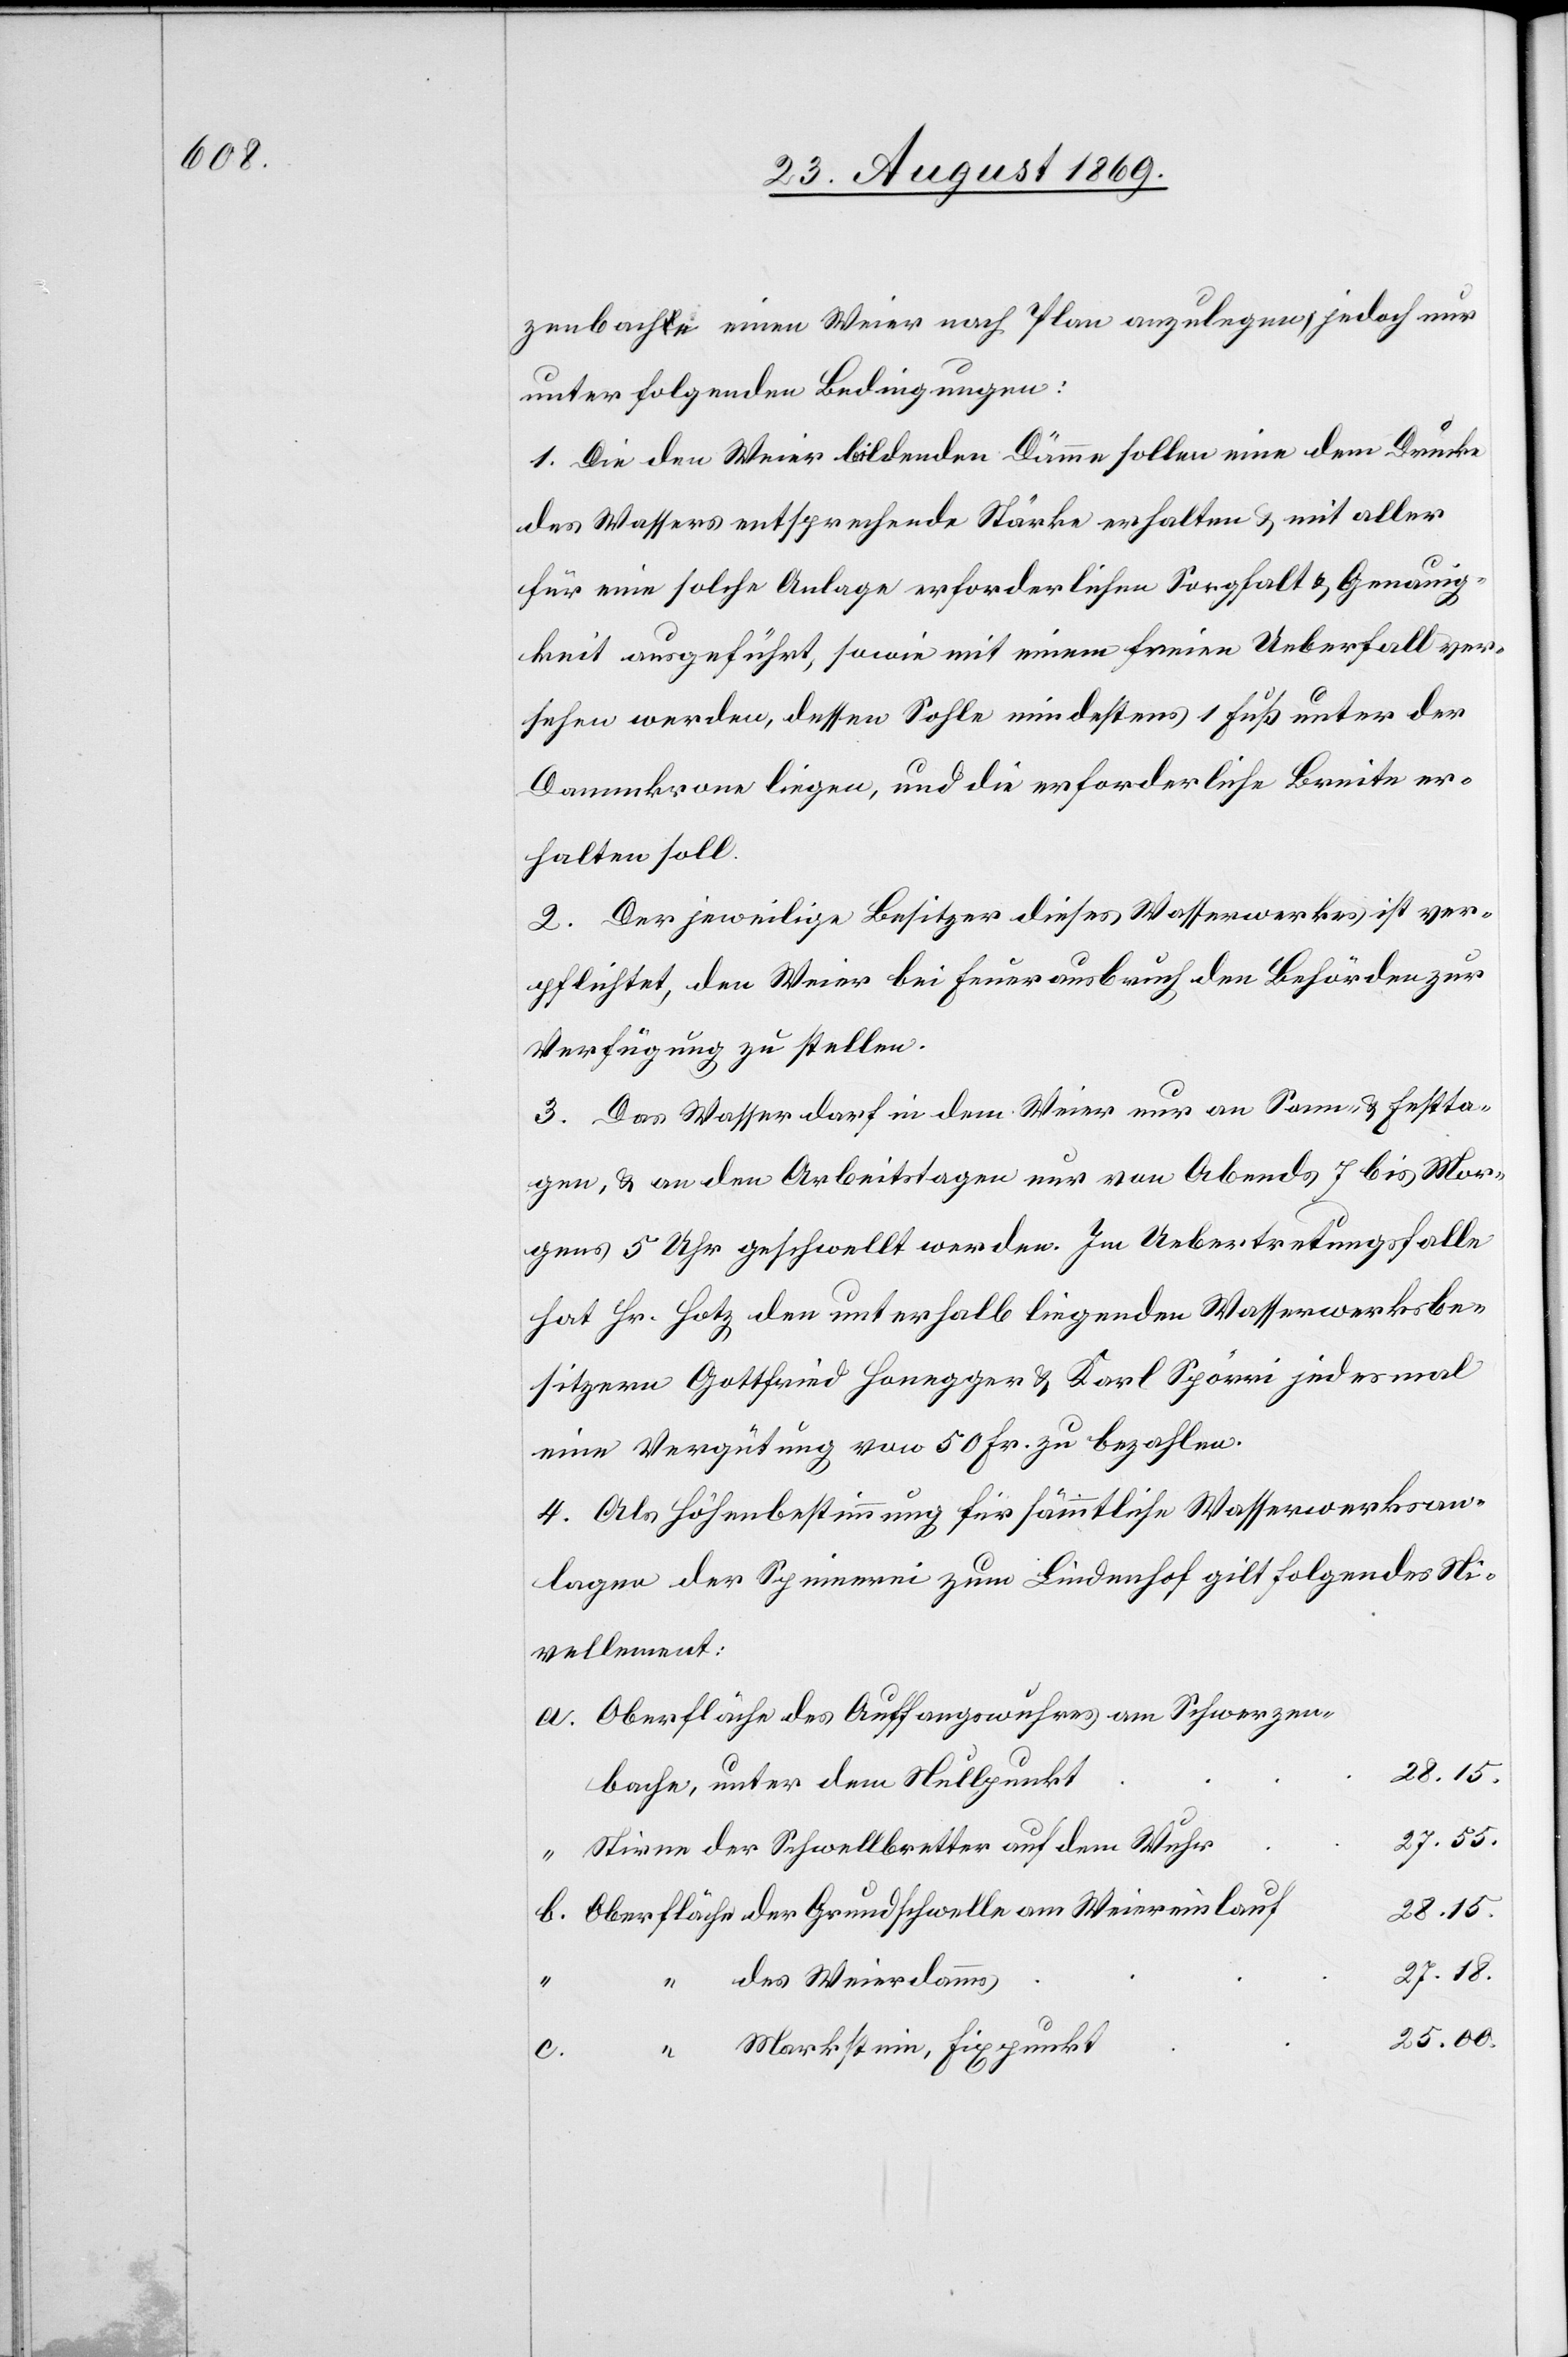
zenbache einen Weier nach Plan anzulegen, jedoch nur
unter folgenden Bedingungen:
1. Die den Weier bildenden Dämme sollen eine dem Drucke
des Wassers entsprechende Stärke erhalten & mit aller
für eine solche Anlage erforderlichen Sorgfalt & Genauig¬
keit ausgeführt, sowie mit einem freien Ueberfall ver¬
sehen werden, dessen Sohle mindestens 1 Fuß unter der
Dammkrone liegen, und die erforderliche Breite er¬
halten soll.
2. Der jeweilige Besitzer dieses Wasserwerkes ist ver¬
pflichtet, den Weier bei Feuerausbruch den Behörden zu
Verfügung zu stellen.
3. Das Wasser darf in dem Weier nur an Sonn- & Festta¬
gen, & an den Arbeitstagen nur von Abends 7 bis Mor¬
gens 5 Uhr geschwellt werden. Im Uebertretungsfalle
hat Hr. Hotz den unterhalb liegenden Wasserwerksbe¬
sitzern Gottfried Honegger & Karl Spörri jedesmal
eine Vergütung von 50 Fr. zu bezahlen.
4. Als Höhenbestimmung für sämmtliche Wasserwerksan¬
lagen der Spinnerei zum Lindenhof gilt folgendes Ni¬
vellement:
Oberfläche des Auffangswuhres am Schwerzen¬
bach, unter dem Nullpunkt
27.55.
Stirne der Schwellbretter auf dem Wuhr
28.15.
Oberfläche der Grundschwelle am Weiereinlauf
27.18.
“ des Weierdamms
25.00.
“ Markstein, Fixpunkt
c.